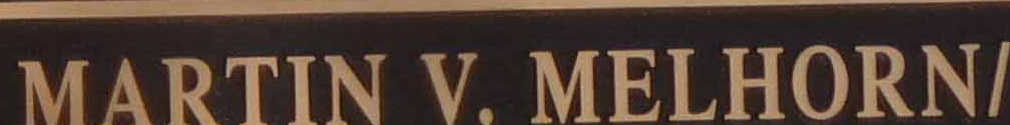
MARTIN V. MELHORN/